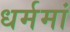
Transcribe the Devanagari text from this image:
धर्ममां